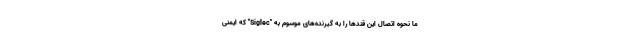
ما نحوه اتصال این قندها را به گیرنده‌های موسوم به "Siglec" که ایمنی